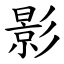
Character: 影